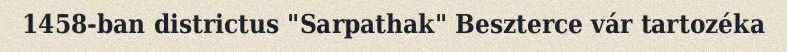
1458-ban districtus "Sarpathak" Beszterce vár tartozéka